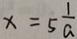
x = 5 \frac { 1 } { a }